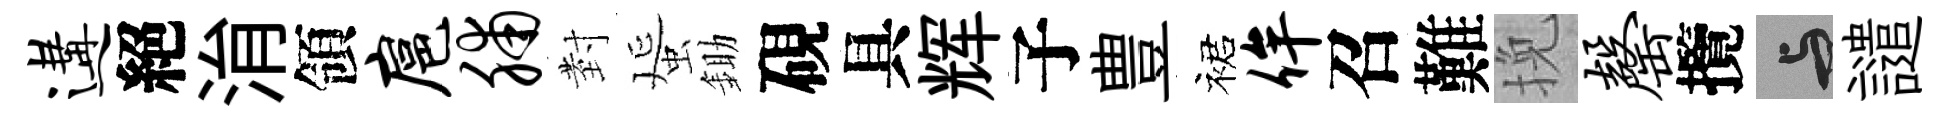
遘絕㳙領扈脯𭔹蜑鋤硯具辉子豊裙侔召難挽罄攬与譴